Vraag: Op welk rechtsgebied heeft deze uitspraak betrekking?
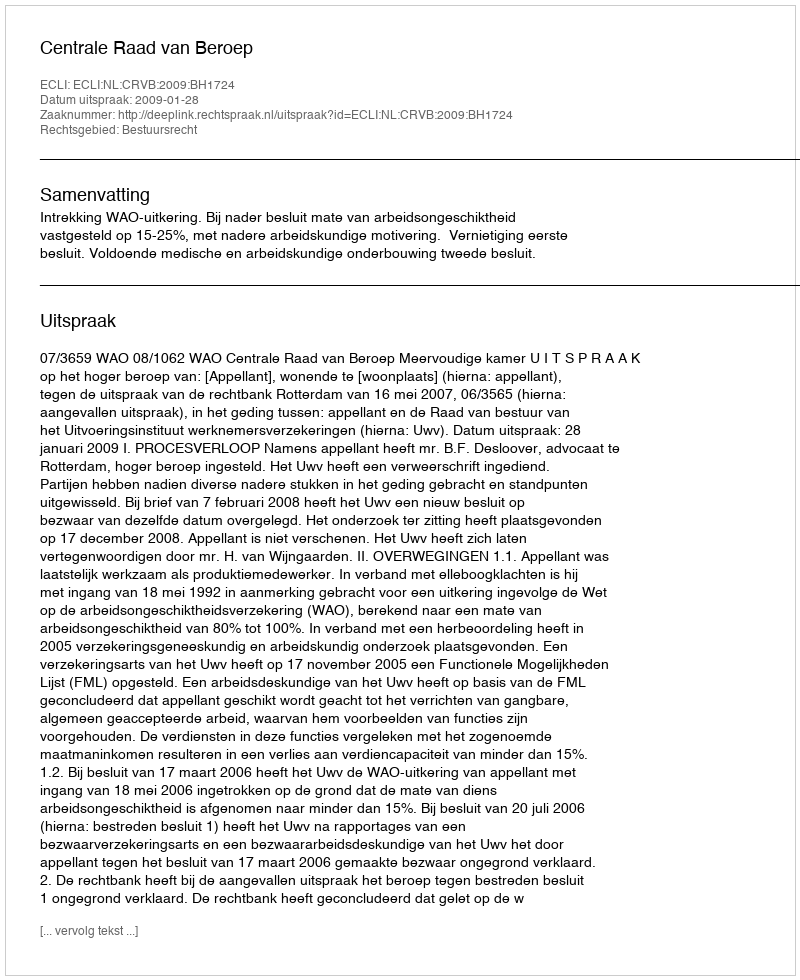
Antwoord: Bestuursrecht